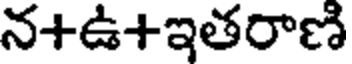
న+ఉ+ఇతరాణి